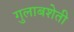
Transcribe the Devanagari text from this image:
गुलाबशेती